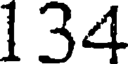
134